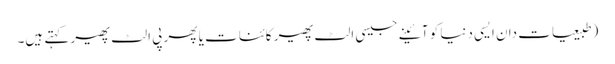
(طبیعیات دان ایسی دنیا کو آئینے جیسی الٹ پھیر کائنات یا پھر پی الٹ پھیر کہتے ہیں۔